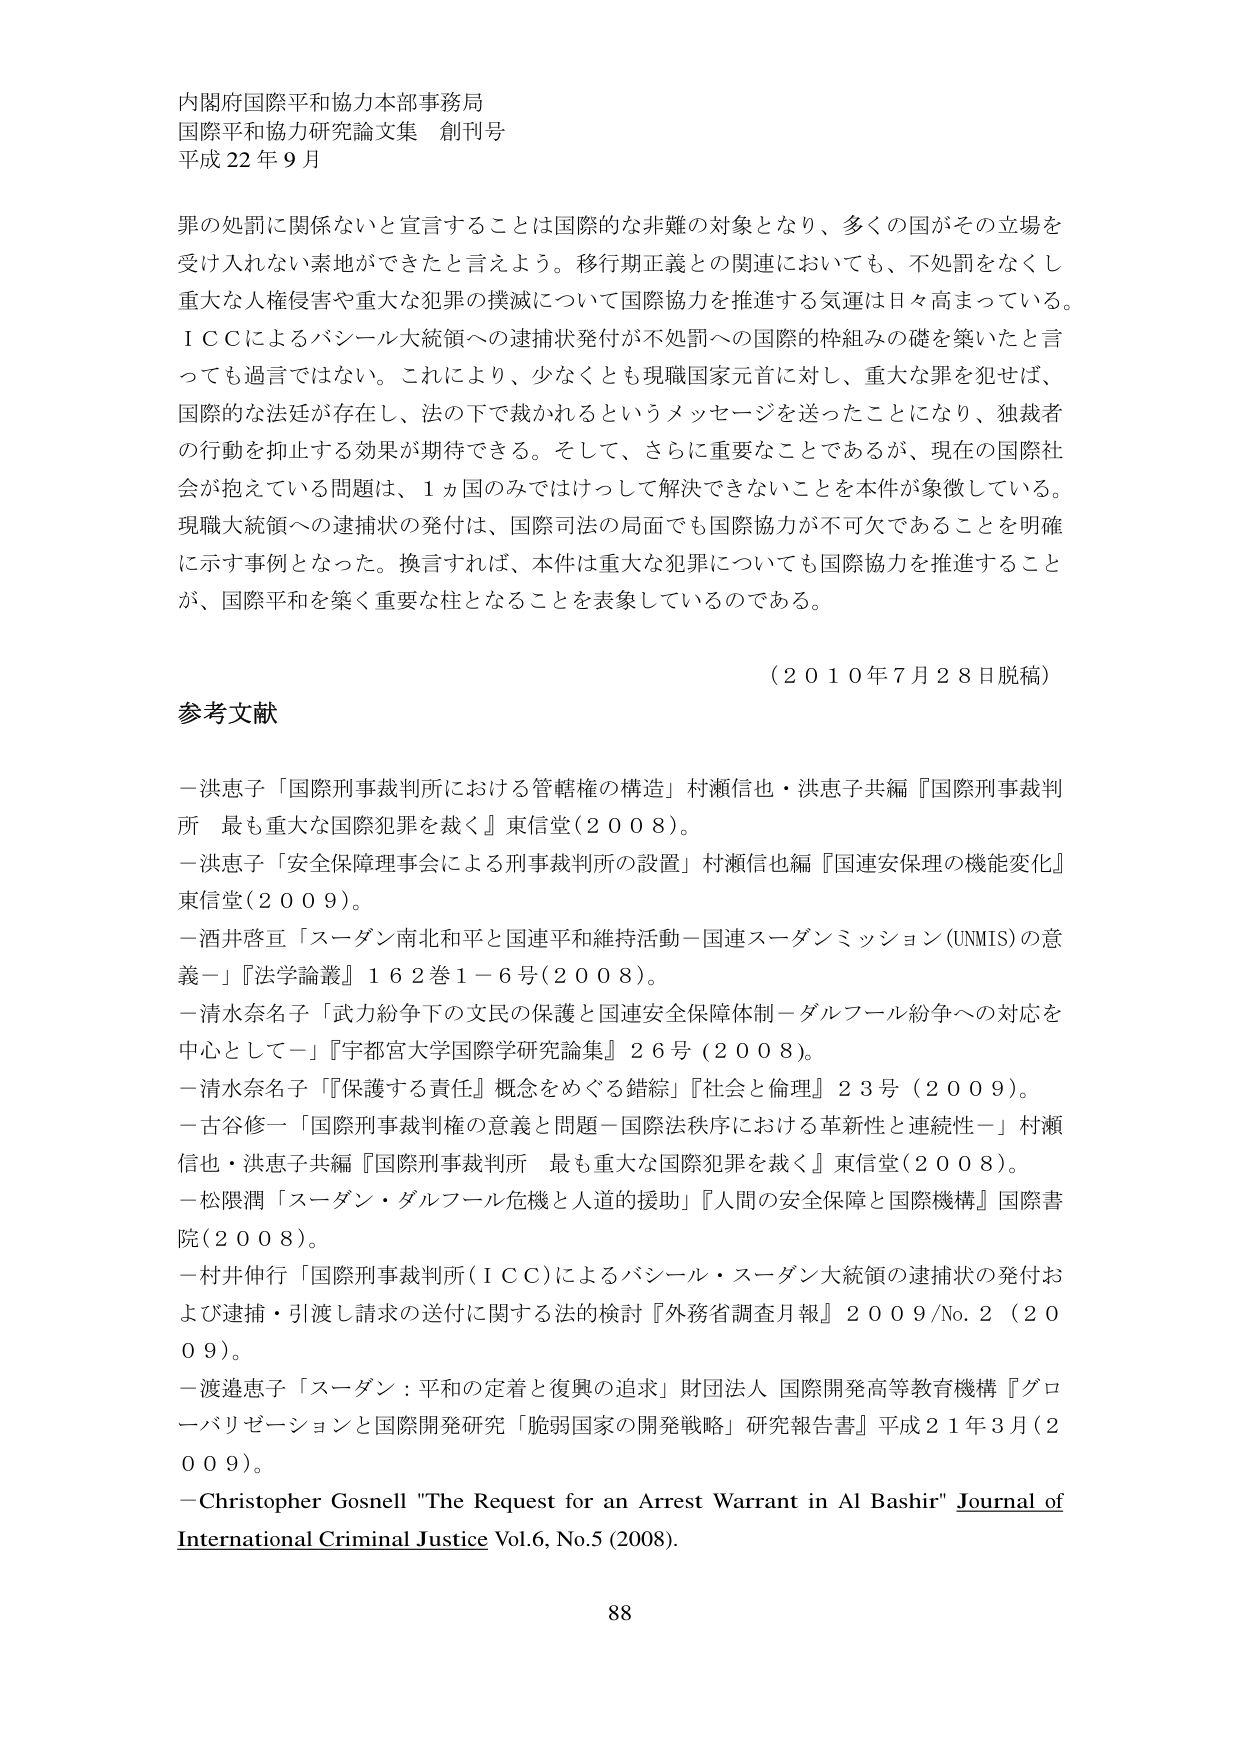
内閣府国際平和協力本部事務局
国際平和協力研究論文集 創刊号
平成22年9月

罪の処罰に関係ないと宣言することは国際的な非難の対象となり、多くの国がその立場を受け入れない素地ができたと言えよう。移行期正義との関連においても、不処罰をなくし重大な人権侵害や重大な犯罪の撲滅について国際協力を推進する気運は日々高まっている。ＩＣＣによるバシール大統領への逮捕状発付が不処罰への国際的枠組みの礎を築いたと言っても過言ではない。これにより、少なくとも現職国家元首に対し、重大な罪を犯せば、国際的な法廷が存在し、法の下で裁かれるというメッセージを送ったことになり、独裁者の行動を抑止する効果が期待できる。そして、さらに重要なことであるが、現在の国際社会が抱えている問題は、１カ国のみではけっして解決できないことを本件が象徴している。現職大統領への逮捕状の発付は、国際司法の局面でも国際協力が不可欠であることを明確に示す事例となった。換言すれば、本件は重大な犯罪についても国際協力を推進することが、国際平和を築く重要な柱となることを表象しているのである。

（2010年7月28日脱稿）

参考文献

－洪恵子「国際刑事裁判所における管轄権の構造」村瀬信也・洪恵子共編『国際刑事裁判所 最も重大な国際犯罪を裁く』東信堂（2008）。
－洪恵子「安全保障理事会による刑事裁判所の設置」村瀬信也編『国連安保理の機能変化』東信堂（2009）。
－酒井啓亘「スーダン南北和平と国連平和維持活動－国連スーダンミッション（UNMIS）の意義－」『法学論叢』162巻1－6号（2008）。
－清水奈名子「武力紛争下の文民の保護と国連安全保障体制－ダルフール紛争への対応を中心として－」『宇都宮大学国際学研究論集』26号（2008）。
－清水奈名子「『保護する責任』概念をめぐる錯綜」『社会と倫理』23号（2009）。
－古谷修一「国際刑事裁判権の意義と問題－国際法秩序における革新性と連続性－」村瀬信也・洪恵子共編『国際刑事裁判所 最も重大な国際犯罪を裁く』東信堂（2008）。
－松隈潤「スーダン・ダルフール危機と人道的援助」『人間の安全保障と国際機構』国際書院（2008）。
－村井伸行「国際刑事裁判所（ＩＣＣ）によるバシール・スーダン大統領の逮捕状の発付および逮捕・引渡し請求の送付に関する法的検討」『外務省調査月報』2009/No.2（2009）。
－渡邉恵子「スーダン：平和の定着と復興の追求」財団法人 国際開発高等教育機構『グローバリゼーションと国際開発研究「脆弱国家の開発戦略」研究報告書』平成21年3月（2009）。
－Christopher Gosnell "The Request for an Arrest Warrant in Al Bashir" Journal of International Criminal Justice Vol.6, No.5 (2008).

88